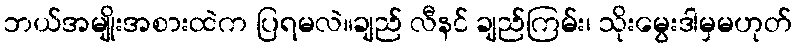
ဘယ်အမျိုးအစားထဲက ပြရမလဲ။ချည် လီနင် ချည်ကြမ်း၊ သိုးမွေးဒါမှမဟုတ်